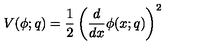
V ( \phi ; q ) = \frac 1 2 \left( \frac { d } { d x } \phi ( x ; q ) \right) ^ { 2 }